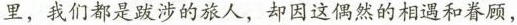
里，我们都是破沙的旅人，却因这仍然的相遇和眷顾，